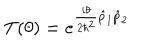
T ( \theta ) = e ^ { \frac { i \theta } { 2 \hbar ^ { 2 } } \hat { p } _ { 1 } \hat { p } _ { 2 } }